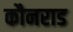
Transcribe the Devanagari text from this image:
कौनराड